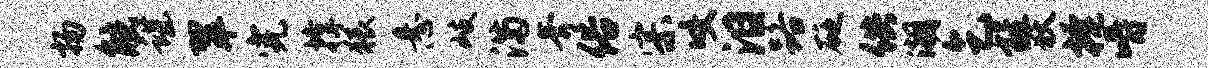
扬觥谌翠完撑猥悬岐满斧俗宗咬泪路砭供潮乞旌狄掩嚼